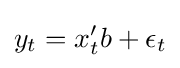
y_{t}=x'_{t}b+\epsilon _{t}